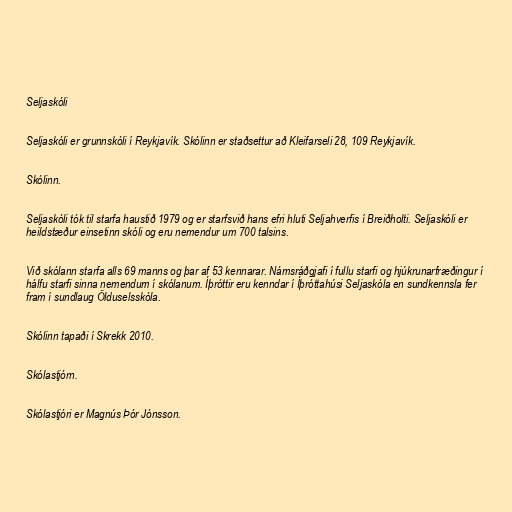
Seljaskóli

Seljaskóli er grunnskóli í Reykjavík. Skólinn er staðsettur að Kleifarseli 28, 109 Reykjavík.

Skólinn.

Seljaskóli tók til starfa haustið 1979 og er starfsvið hans efri hluti Seljahverfis í Breiðholti. Seljaskóli er
heildstæður einsetinn skóli og eru nemendur um 700 talsins.

Við skólann starfa alls 69 manns og þar af 53 kennarar. Námsráðgjafi í fullu starfi og hjúkrunarfræðingur í
hálfu starfi sinna nemendum í skólanum. Íþróttir eru kenndar í Íþróttahúsi Seljaskóla en sundkennsla fer
fram í sundlaug Ölduselsskóla.

Skólinn tapaði í Skrekk 2010.

Skólastjórn.

Skólastjóri er Magnús Þór Jónsson.